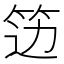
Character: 笾